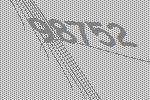
98752